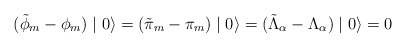
\begin{align*}(\tilde{\phi}_{m} - \phi_{m} ) \mid 0 \rangle = (\tilde{\pi}_{m} - \pi_{m} ) \mid 0 \rangle = (\tilde{\Lambda}_{\alpha} - \Lambda_{\alpha} ) \mid 0 \rangle = 0 \end{align*}